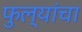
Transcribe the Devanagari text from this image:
फुल्यांचा